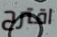
اقترح